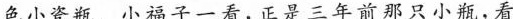
色小瓷瓶。小福子一看，正是三年前那只小瓶，看